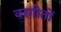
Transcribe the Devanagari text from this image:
वरगीतों